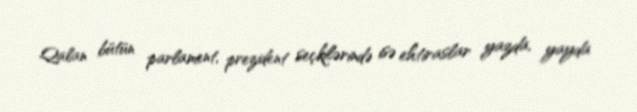
Qalan bütün parlament, prezident seçkilərində isə ehtiraslar yazda, yayda